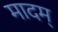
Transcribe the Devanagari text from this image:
मादम्